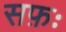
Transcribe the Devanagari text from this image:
सफ़ः